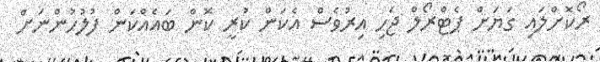
ރޯކޮށްލައި ގަޔަށް ޕެޓްރޯލް ޖެހި އިރުވެސް އެކަން ކުރީ ކޮން ބައެއްކަން ފުލުހުންނަށް